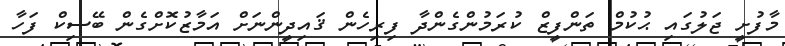
މާފުށީ ޖަލުގައި ޙުކުމް ތަންފީޒް ކުރަމުންގެންދާ ފިރިހެން ޤައިދީންނަށް އަމާޒުކޮށްގެން ބޭސިކް ފަހާ